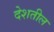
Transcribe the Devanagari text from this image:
देशतील